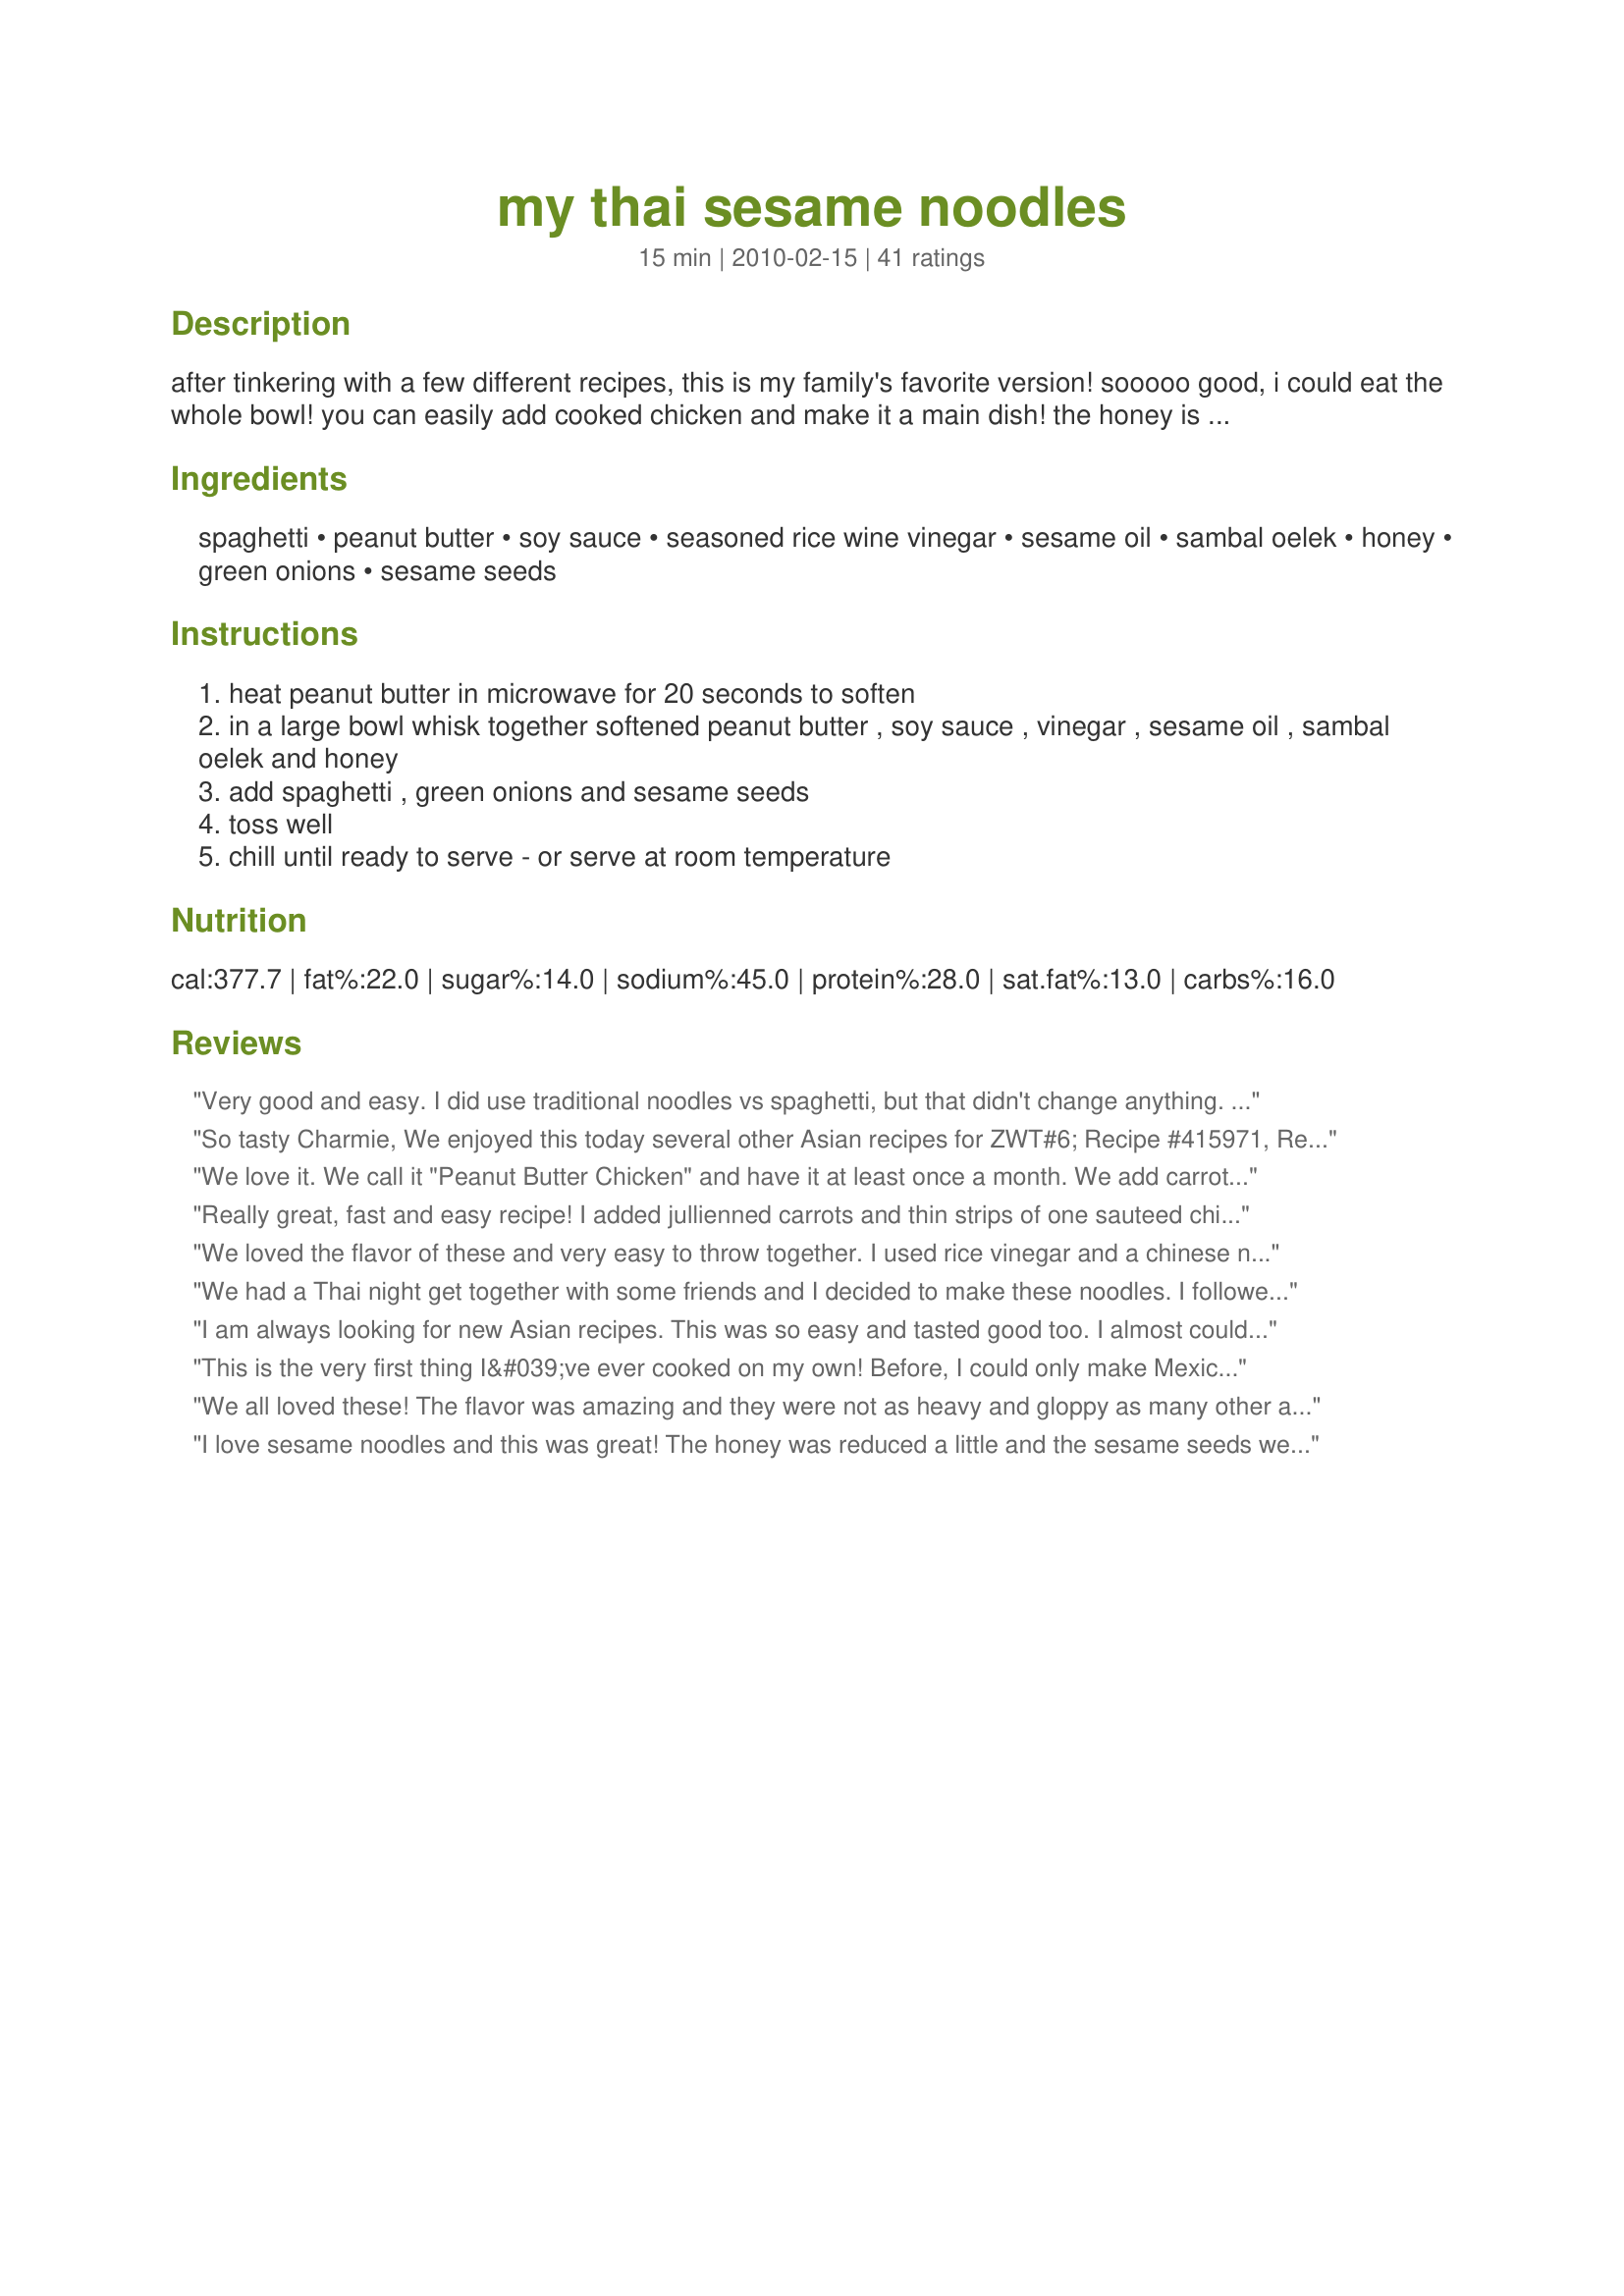
my thai sesame noodles
Preparation time: 15 minutes

after tinkering with a few different recipes, this is my family's favorite version! sooooo good, i could eat the whole bowl! you can easily add cooked chicken and make it a main dish! the honey is an optional ingredient; leave it out if you don't like the noodles sweet.

Ingredients:
spaghetti, peanut butter, soy sauce, seasoned rice wine vinegar, sesame oil, sambal oelek, honey, green onions, sesame seeds

Steps:
heat peanut butter in microwave for 20 seconds to soften
in a large bowl whisk together softened peanut butter , soy sauce , vinegar , sesame oil , sambal oelek and honey
add spaghetti , green onions and sesame seeds
toss well
chill until ready to serve - or serve at room temperature

Reviews:
Very good and easy. I did use traditional noodles vs spaghetti, but that didn't change anything. I just had them in my cabinet. But 3 minor changes, but again, it didn't change the overall flavor. I did cut back on the honey just a bit; added more chili paste because I love heat. And I did add a grated carrot.<br/><br/>I loved it. Warm or cold, it was really tasty. Good mix of flavors.<br/>Kim
So tasty Charmie, We enjoyed this today several other Asian recipes for ZWT#6; Recipe #415971, Recipe #179839 and Recipe #219716. I used half the amount of sambal oelek and crunchy peanut butter, as well as sprinkling some peanuts over the top on serving. Made for the Cheese and Whine Gang. Merci FT:-)
We love it. We call it "Peanut Butter Chicken" and have it at least once a month. We add carrots to the boiling pasta, and saute chicken and yellow onion and celery, heat up the sauce in the microwave, then mix all.
Really great, fast and easy recipe! I added jullienned carrots and thin strips of one sauteed chicken breast. I used Chinese Rice Stick noodles, but they had a strange tough texture so I think next time I'll try regular spaghetti. I think peas and garlic would be nice with this too. Thanks for the keeper, Charmie!
We loved the flavor of these and very easy to throw together. I used rice vinegar and a chinese noodle that I think I let cook to long. Next time I will definately try it with the spagetti as I see now that it would hold up to the sauce better because of the peanut butter. I tossed in some veggies I had to use up that were steamed then flashed. My 2 year old loved the noodles. I switched out some Siracha for the Samba Olek just for more Thai flavor for the challange. Thanks Charmie another great recipe. Made for ZWT 6 The Countries of Asia Challange by a fellow Looney Spoon :)
We had a Thai night get together with some friends and I decided to make these noodles. I followed the recipe as posted and everybody agreed that these noodles were the best dish on the table among some very good dishes. The spaghetti noodles worked perfectly. Thank you for this wonderful recipe. I forgot the stars so I had to edit to add them.
I am always looking for new Asian recipes. This was so easy and tasted good too. I almost couldn't wait to let it cool because it tasted so good warm also. I used dried chives because I didn't have fresh and used rice vinegar instead of rice wine vinegar and it still came out perfect. I'm going to serve it with teriyaki chicken tonight for dinner.
This is the very first thing I&#039;ve ever cooked on my own! Before, I could only make Mexican rice and eggs, and only while my mother was there (to make sure the apartment wouldn&#039;t burn down). The first few times I completely messed up the sauce, but finally, it came out delicious! My new version of this dish (photo is up!) uses egg noodles, and I roasted the sesame seeds with the green onions- I love the smell onions let out when they sweat. Also, I used chili flakes since that&#039;s all I had on me at the moment. I am very pleased with this recipe. It was so simple to follow, the result was delicious, and my mother praised me so much!
We all loved these! The flavor was amazing and they were not as heavy and gloppy as many other asian noodle recipes out there. I served them with Lettuce Wraps and it was perfect! Delicious!!!!!!
I love sesame noodles and this was great! The honey was reduced a little and the sesame seeds were lightly toasted. Made for Zingo Plus during ZWT9.
Made exactly as stated. We loved it!
Really tasty and incredibly easy. I did use about a T. of the optional honey. Also topped with some chopped peanuts. I think next time I make I&#039;ll add chopped veggies to make it more of a meal instead of as a side dish as I did this time. Thanks so much for sharing this delicious recipe, it&#039;s a keeper.
Loved it!! I added a bit more sambal oelek (we like spice). This recipe doubles very well! Next time I will try crunchy peanut butter and maybe rice noodles (didn't have any) I used angel hair pasta. I topped ours with grilled shrimp and served it with a cucumber salad. <br/>After eating this, it will be very hard to get DH to run for take out :) <br/>Thank you for a great Saturday night meal!
These noodles had just the right amount of everything in them. I made this recipe exactly as posted (including the honey) and felt it really packed a lot of flavor. Thanks for sharing this. It made for a wonderful brown bag (or plastic container) lunch. Made for ZWT6.
I really liked this recipe Charmie!!! I didn't change a thing. I did eat it warm, and like it that way. I have leftovers so I will see tomorrow what it is like cold. Thanks for posting this recipe.
I loved this recipe; the flavors were outstanding.
So good! Did not change a thing. I am not very skilled when it comes to cooking & baking, and this recipe was very easy to follow. My husband was very impressed and we're both taking leftovers to work tomorrow.
Delicious and easy to assemble. I've made this several times now for the family and once for a potluck. Sometimes with added carrot, brocolli, mushrooms, maybe aome Tofu or meat. Sometimes with rice noodles, sometimes with spaghetti. Thank you for the great recipe!
Delicious!! I doubled it and used the whole box of pasta. I loved how the noodles were sweet and spicy. They're even better with extra honey on them although then I also like up increase the chili-garlic sauce to add more spice. I'll definitely make this again. It was super easy to make too
my family and I really enjoyed this recipe! I will tone down the peanut butter next time but all in all the flavor was fantastic! I didn't have rice wine vinegar so I subbed cider vinegar and it was really good. Will be sure to buy rice wine vinegar for the next time. I loved it!
Mmmm...this was so good! Love the flavors of the peanut butter, sesame, and onions all together. Definitely will make a again! Made for ZWT9.
Loved this! Made as directed with whole wheat spaghetti and added the optional honey. Great balance between the sweet and the spicy. Loved it both warm and cold. Thanks Charmie for a nice keeper. Made for ZWT9.
Enjoyed for a quick lunch and scaled down for one. Thanks Charmie! Made for ZWT 2013 by a fellow member of Hot Stuff!
Made as written for the Goddesses of ZWT-9 &amp; I did use the optional honey. It was a flavor &amp; texture thing for us. The peanut butter was a bit strong for us (easy to adjust), but I did feel it could benefit from the addition of garlic (I usually do). The bit of onion provided some texture, but I missed some extra texture from snow peas or mushrooms, for example. It was served as a side-dish to a Moroccan main-dish - A bit of cuisine fusion. Thx for sharing your recipe w/us.
Superior dish! This was just as delicious leftover and warmed as it was the day it was made. My 11-year-old proclaimed it the "best dinner ever". I used the exact ingredients as listed, since I had them all on hand (I make thai food alot!) but doubled the sauce as recommended by others and added chicken for the additional protein. <br/>I will add a splash of fish sauce next time along with crushed peanuts at the end.
Delish! I could have eaten the whole recipe by myself. I am in the midst of teaching my 25 yr. old son how to cook and this was one of our first recipes....great way to start him out and get him interested. Easy and quick! Thanks
Very good, I wouldn&#039;t change a thing! Thanks for sharing, made for ZWT9
These were very good noodles! I cut the recipe in half, but I didn't measure the dressing ingredients and as a result I added too much peanut butter (my fault). They were a little sticky at room temp, so I had to eat them warm. Surprisingly, my 2 yo loved them! We had them with some Mongolian beef. Thank you for sharing :) Made for the Swizzle Chicks, ZWT6 Asia.
This is a delicious and very easy recipe! I used half of the honey and mixed in one large grated carrot. Otherwise, I followed the recipe as stated. I served this with Thai Pork Chops for my husband and 2 year old and it was a hit! Thanks so much!!
I love Thai but have never been good at making it, this recipe however turned out great! My one suggestion would be to watch the chili paste, I made it way to spicy by accident.
Hum....I read the review with high hopes, but it wasn&#039;t good. Threw it away ...sorry but that&#039;s the truth
This was a nice lunch to bring to work. I couldn&#039;t find rice wine vinegar in the store so I used rice vinegar instead. I also added chicken which definitely made the dish better. I did feel like it needed more chilli paste though so I brought that on the side in case I wanted to mix in more. Maybe next time I will use thicker Chinese noodles because it could hold the sauce better than spaghetti. Overall, pleased to attempt this!
I saved this recipe a couple weeks ago for a night just like tonight where I needed a quick meal. I cooked some shrimp on the side and added it as well as mixing in a couple of shredded carrots to make sure the kids got some veggies. Ds10 asked if I could rate it 10 stars out of 5, I told him the best I could do was let you know his rating, this is the kid that doesn't care for peanut butter too ;). A perfect blend of seasonings. I did cut back quite a bit on the Samba Olek as my boys are not quite ready for the heat and just added more to mine as well as some crushed red pepper. Also forgot I was out of sesame seeds so added a wee bit extra sesame oil. Wonderful, easy and delicious meal. Thanks for posting Charmie :D!
Incredibly simple...incredibly delicious. My only tweek, was substituting Sriracha for Sambal Oelek. Everyone loved it, and wants it again...SOON. Next time, to make it a complete meal, I'm thinking of adding bean sprouts, and broccoli. Thanks for posting!
We really enjoyed this, even with the substitution of fettuccine (my fault.) The sauce was spicy good and like another reviewer, I crushed some dry roasted peanuts to sprinkle as a garnish. Thanks for sharing a great recipe, CaliforninaJan!
Used some leftover noodles and turned them into something new. I skipped the chili paste and honey, used a little Splenda Blend Brown Sugar. The adults seemed to like them more than the kids and grands, but that&#039;s OK. They can be very picky eaters. One suggested skip the sweet so might try that next time. Thank you for sharing!
I made 2 servings of it. I finally convinced DH to have a serving of it. And he liked it a lot :) It&#039;s so yummy. I used the honey but half the amount. Thanks Charmie :) Made for ZWT9
I really want to give this 5 stars. But my kids didn&#039;t like the peanut butter flavor. I on the other hand was happy with it. I am giving 4 star for ease of preparation and the fact that I liked it.
Very good recipe. I served this with "Salt & Pepper Prawns, Recipe #413122" and they complimented each other very well. I didnt have time to wait for this to cool to room temperature and it was very spicy when eaten hot. I think the heat of the spicy mellows as it cools. Very Very good and will make this again.
My family really enjoyed this easy to put together recipe. Thanks for the recipe.
Oh my, these noodles are so good! I had a craving today so out of the blue I chose this recipe and I'm so glad I did! I did not use the honey but I did use a full tablespoon of the sambal oelek. I will definately make these again, and often! Made for ZWT6: No-Nonsense Nibblers.
